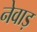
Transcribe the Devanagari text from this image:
नेवाड़